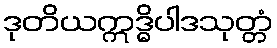
ဒုတိယဣဒ္ဓိပါဒသုတ္တံ